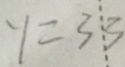
y = 3 3